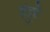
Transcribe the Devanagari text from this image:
इंदुरे